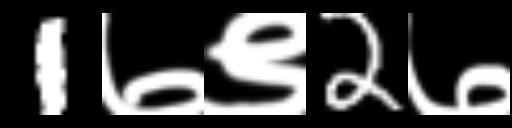
Text: 1७९2७